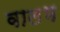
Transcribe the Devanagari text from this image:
वालभ